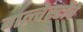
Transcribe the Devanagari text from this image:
गल्वेस्टोंचे